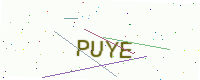
Text: PUYE